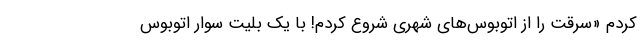
کردم «سرقت را از اتوبوس‌های شهری شروع کردم! با یک بلیت سوار اتوبوس